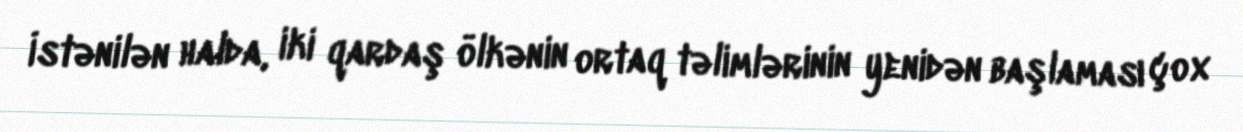
İstənilən halda, iki qardaş ölkənin ortaq təlimlərinin yenidən başlaması çox